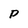
Character: P